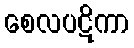
စေလပဋိကာ